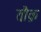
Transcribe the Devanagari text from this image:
तौक़